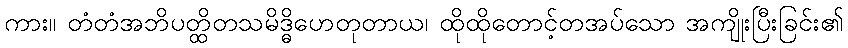
ကား။ တံတံအဘိပတ္ထိတသမိဒ္ဓိဟေတုတာယ၊ ထိုထိုတောင့်တအပ်သော အကျိုးပြီးခြင်း၏